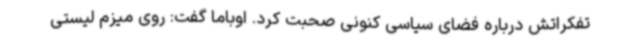
تفکراتش درباره فضای سیاسی کنونی صحبت کرد. اوباما گفت: روی میزم لیستی